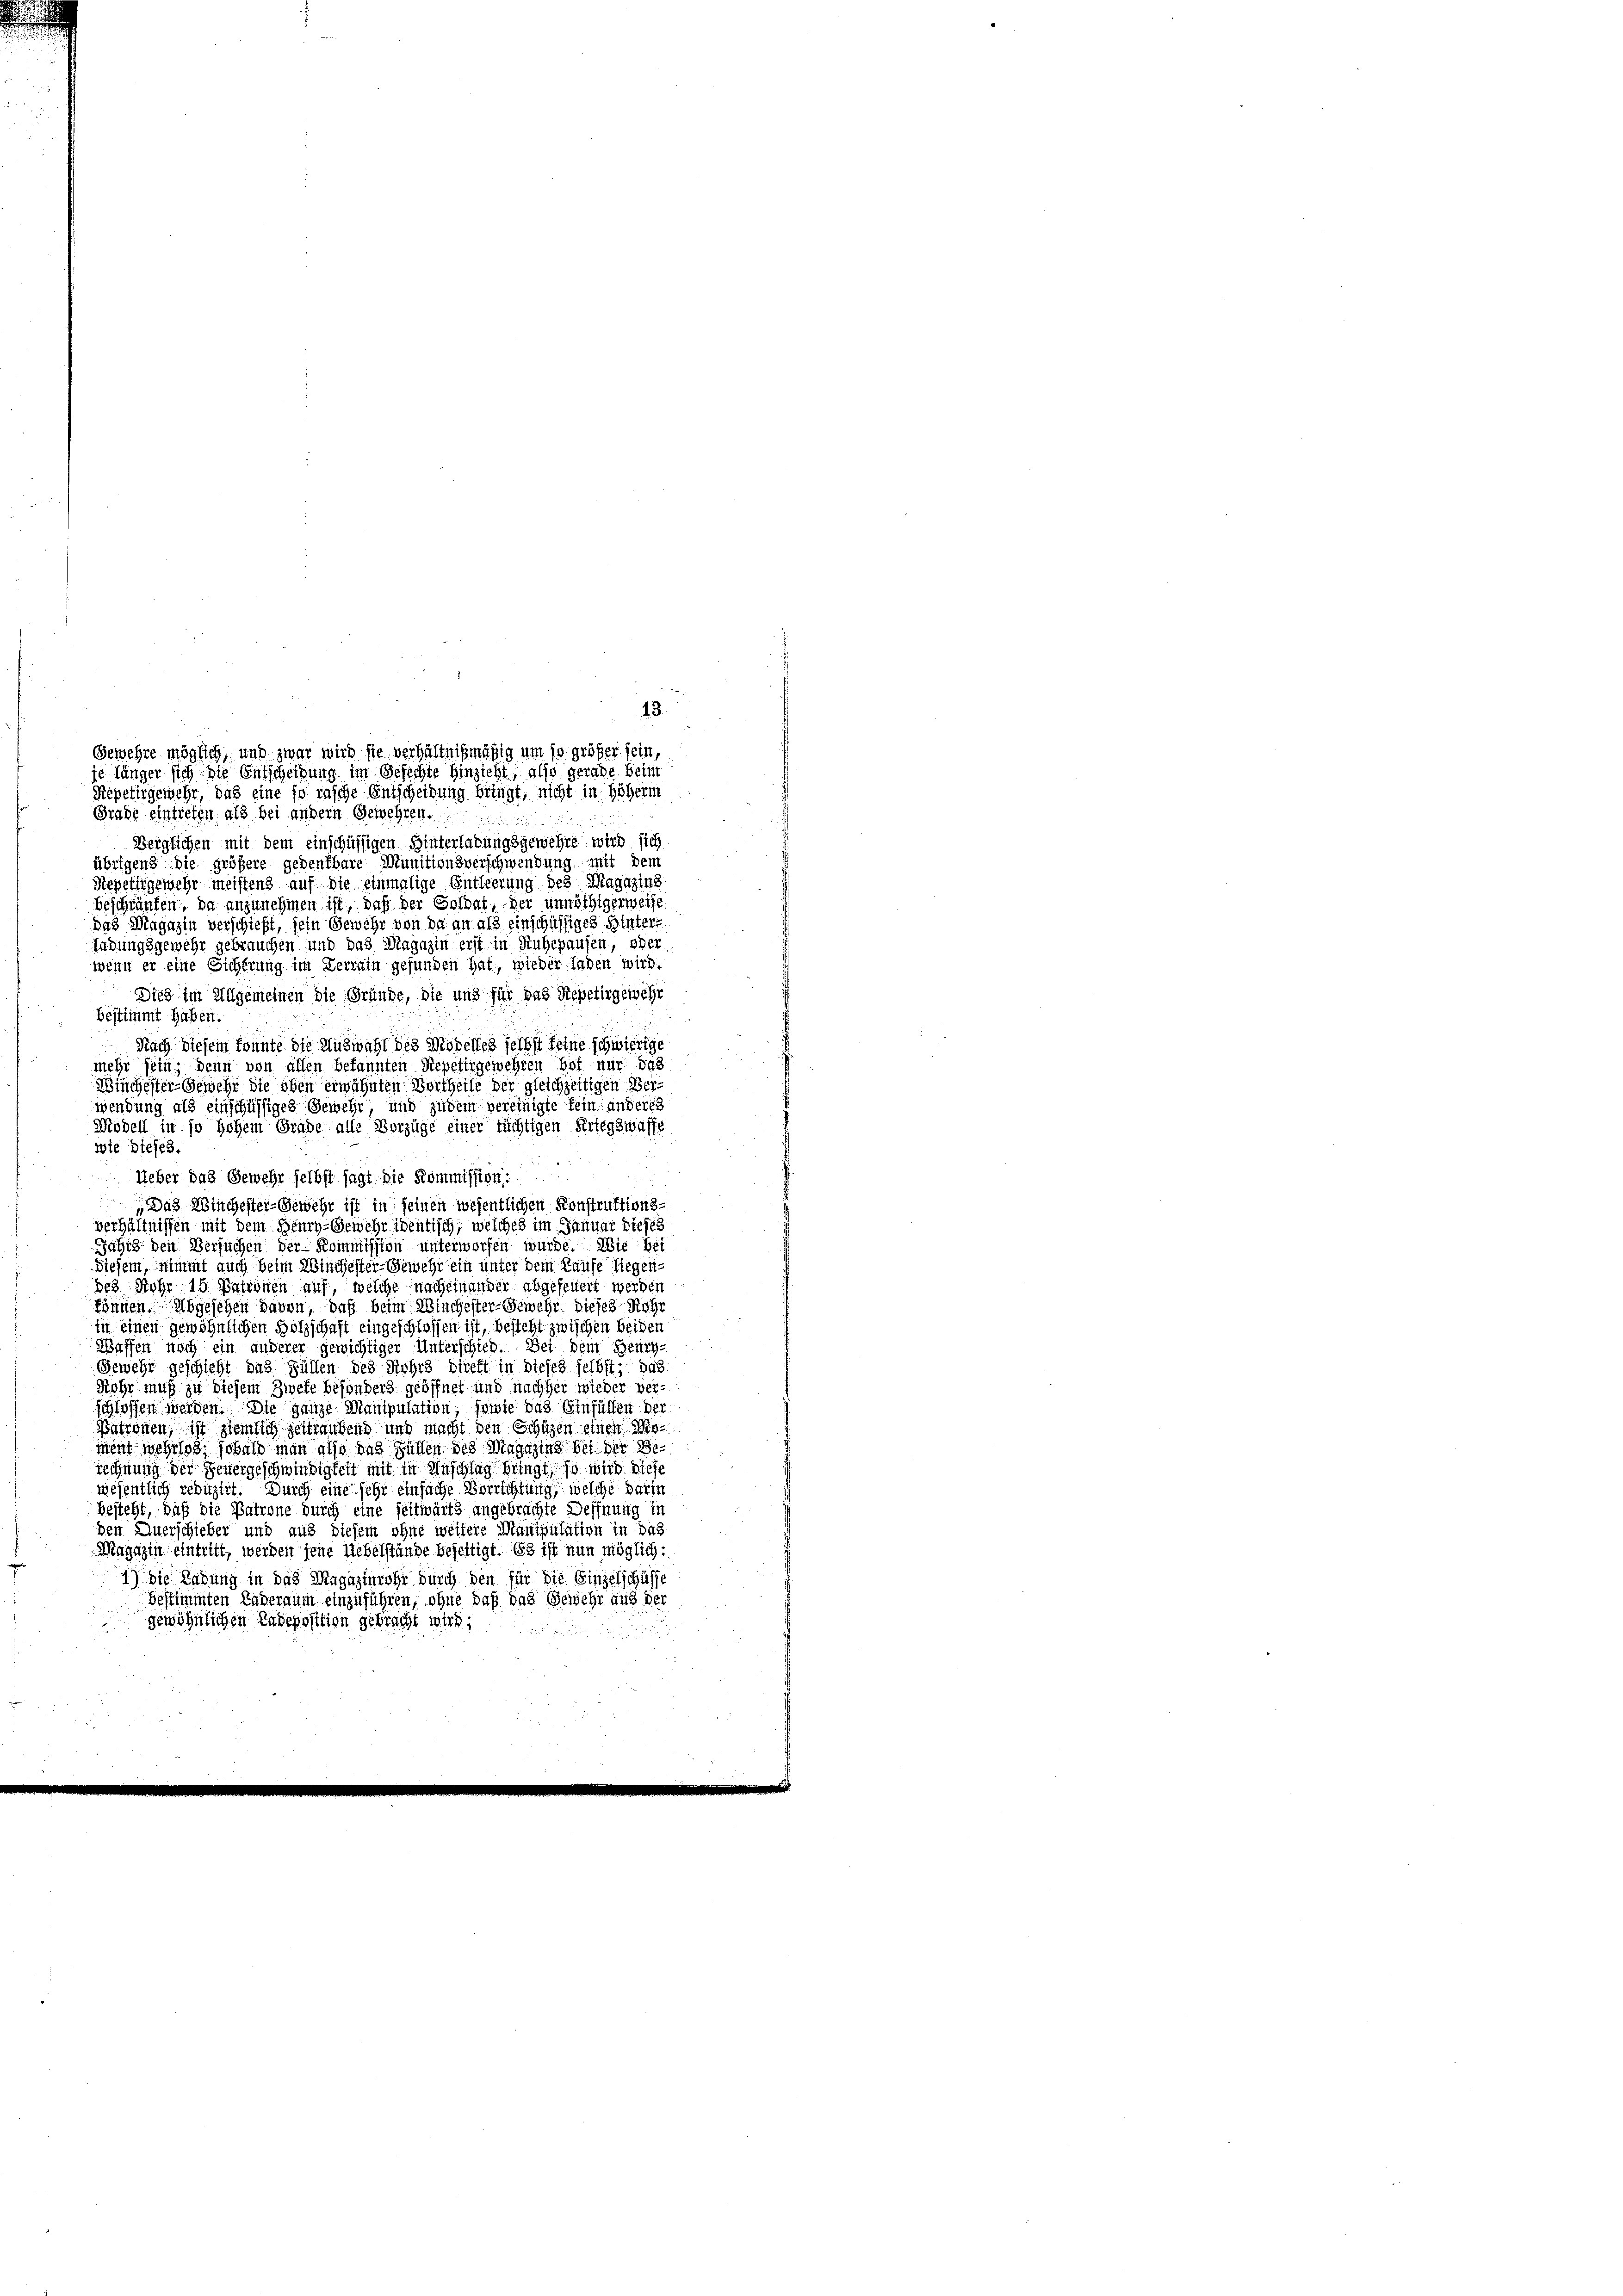
13.
Gewehre möglich, und zwar wird sie verhältnißmäßig um so größer sein,
je länger sich die Entscheidung im Gefechte hinzieht, also gerade beim
Repetirgewehr, das eine so rasche Entscheidung bringt, nicht in höherm

Grafe eintreten als bei andern Gewehren.
Berglichen mit dem einschüssigen Hinterlaßungsgewehre wird sich
übrigens die größere gedenkbare Munitionsverschwendung mit dem
Repetirgemehr meistens auf die einmalige Entleerung des Magazins
beschränken, da anzunehmen ist, daß der Soldat, der unnöthigerweise.
das Magazin verschieft, sein Gewehr von da an als einschüssiges Hinter
ladungsgemehr gebrauchen und das Magazin erst in Ruhepausen, oder
wenn er eine Sicherung im Zerrain gefunden hat, wieder laden wird.
Sies im Allgemeinen die Gründe, die und für das Repetirgewehr
bestimmt haben.
Nach diesem konnte die Auswahl des Morelles selbst keine schwierige
mehr sein; denn von allen bekannten Repetirgewehren hat nur das
Wischester-Gewehr die oben erwähnten Vortheile der gleichzeitigen Verwendung als einschüssiges Gewehr, und zudem vereinigte fein anderes
Modell in so hohem Grade alle Vorzüge einer tüchtigen Kriegswaffe
wie dieses.
u
Ueber das Gewehr selbst sagt die Kommission:
Das Winchester-Gewehr ist in seinen wesentlichen Konstruktions-
verhältnissen mit dem Henry-Gewehr identisch, welches im Januar dieses
Jähig den Versuchen der Kommission unterworfen wurde. Wie bei
diesem, nimmt auch beim Winchester-Gewehr ein unter dem Kaufe liegendes Rohr 15 Patronen auf, welche nacheinander abgefeuert werden
können. Abgesehen davon, daß beim Winchester Gewehr dieses Röhr
in einen gewöhnlichen Holzschaft eingeschlossen ist, besteht zwischen beiden
Baffen noch ein anderer gewichtiger Unterschied. Bei dem Beach¬
Gewehr geschicht das Füllen des Rohrs direkt in dieses selbst; das
Rohr muß zu diesem Zweke besonders geöffnet und nachher wieder verschlossen werden. Die ganze Manipulation, sowie das Einfüllen der
Patronen, ist ziemlich zeitraubend und macht den Schüzen einen Moment wehrlos, sobald man also das Fällen des Magazins bei der Be-
rechnung der Feuergeschwindigkeit mit in Anschlag bringt, so wird diese
wesentlich reduzirt. Durch eine sehr einfache Verrichtung, welche darin
besteht, daß die Patrone durch eine seitwärts angebrachte Deffnung in
den Auerschieber und aus diesem ohne weitere Manipulation in das
Magazin eintritt, werden jene Uebelstände beseitigt. Es ist nun möglich:
1) Die Ladung in das Magazinrohr durch den für die Einzelschüsse
bestimmten Laderaum einzuführen, ohne daß das Gewehr aus der
gewöhnlichen Ladeposition gebracht wird;